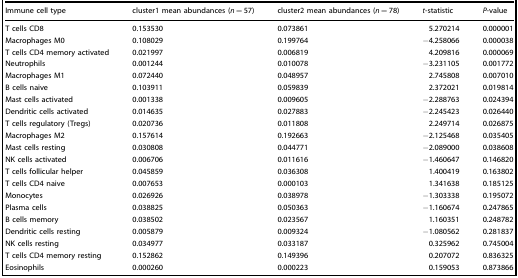
<table><thead><tr><td><b>Immune cell type</b></td><td><b>cluster1 mean abundances (<i>n</i> = 57)</b></td><td><b>cluster2 mean abundances (<i>n</i> = 78)</b></td><td><b><i>t</i>-statistic</b></td><td><b><i>P</i>-value</b></td></tr></thead><tbody><tr><td>T cells CD8</td><td>0.153530</td><td>0.073861</td><td>5.270214</td><td>0.000001</td></tr><tr><td>Macrophages M0</td><td>0.108029</td><td>0.199764</td><td>−4.258066</td><td>0.000038</td></tr><tr><td>T cells CD4 memory activated</td><td>0.021997</td><td>0.006819</td><td>4.209816</td><td>0.000069</td></tr><tr><td>Neutrophils</td><td>0.001244</td><td>0.010078</td><td>−3.231105</td><td>0.001772</td></tr><tr><td>Macrophages M1</td><td>0.072440</td><td>0.048957</td><td>2.745808</td><td>0.007010</td></tr><tr><td>B cells naive</td><td>0.103911</td><td>0.059839</td><td>2.372021</td><td>0.019814</td></tr><tr><td>Mast cells activated</td><td>0.001338</td><td>0.009605</td><td>−2.288763</td><td>0.024394</td></tr><tr><td>Dendritic cells activated</td><td>0.014635</td><td>0.027883</td><td>−2.245423</td><td>0.026440</td></tr><tr><td>T cells regulatory (Tregs)</td><td>0.020736</td><td>0.011808</td><td>2.249714</td><td>0.026875</td></tr><tr><td>Macrophages M2</td><td>0.157614</td><td>0.192663</td><td>−2.125468</td><td>0.035405</td></tr><tr><td>Mast cells resting</td><td>0.030808</td><td>0.044771</td><td>−2.089000</td><td>0.038608</td></tr><tr><td>NK cells activated</td><td>0.006706</td><td>0.011616</td><td>−1.460647</td><td>0.146820</td></tr><tr><td>T cells follicular helper</td><td>0.045859</td><td>0.036308</td><td>1.400419</td><td>0.163802</td></tr><tr><td>T cells CD4 naive</td><td>0.007653</td><td>0.000103</td><td>1.341638</td><td>0.185125</td></tr><tr><td>Monocytes</td><td>0.026926</td><td>0.038978</td><td>−1.303338</td><td>0.195072</td></tr><tr><td>Plasma cells</td><td>0.038825</td><td>0.050363</td><td>−1.160674</td><td>0.247865</td></tr><tr><td>B cells memory</td><td>0.038502</td><td>0.023567</td><td>1.160351</td><td>0.248782</td></tr><tr><td>Dendritic cells resting</td><td>0.005879</td><td>0.009324</td><td>−1.080562</td><td>0.281837</td></tr><tr><td>NK cells resting</td><td>0.034977</td><td>0.033187</td><td>0.325962</td><td>0.745004</td></tr><tr><td>T cells CD4 memory resting</td><td>0.152862</td><td>0.149396</td><td>0.207072</td><td>0.836325</td></tr><tr><td>Eosinophils</td><td>0.000260</td><td>0.000223</td><td>0.159053</td><td>0.873866</td></tr></tbody></table>